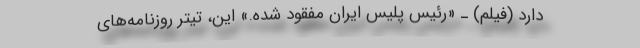
دارد (فیلم) ـ «رئیس پلیس ایران مفقود شده.» این، تیتر روزنامه‌‌های